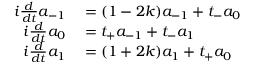
\begin{array} { r l } { i \frac { d } { d t } a _ { - 1 } } & { { } = ( 1 - 2 k ) a _ { - 1 } + t _ { - } a _ { 0 } } \\ { i \frac { d } { d t } a _ { 0 } } & { { } = t _ { + } a _ { - 1 } + t _ { - } a _ { 1 } } \\ { i \frac { d } { d t } a _ { 1 } } & { { } = ( 1 + 2 k ) a _ { 1 } + t _ { + } a _ { 0 } } \end{array}